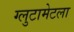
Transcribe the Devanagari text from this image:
ग्लुटामेटला